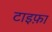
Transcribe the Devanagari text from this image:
टाइफ़ा